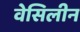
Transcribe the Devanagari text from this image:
वेसिलीन